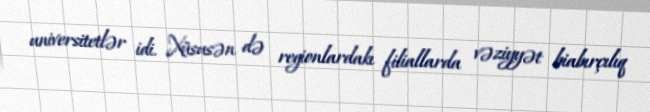
universitetlər idi. Xüsusən də regionlardakı filiallarda vəziyyət biabırçılıq